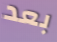
بعد